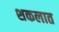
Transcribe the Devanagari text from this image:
शकलात